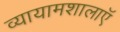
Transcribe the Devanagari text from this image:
व्यायामशालाऍ